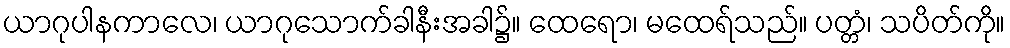
ယာဂုပါနကာလေ၊ ယာဂုသောက်ခါနီးအခါ၌။ ထေရော၊ မထေရ်သည်။ ပတ္တံ၊ သပိတ်ကို။